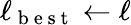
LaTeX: \ell_{\mathrm{~b~e~s~t~}}\gets\ell